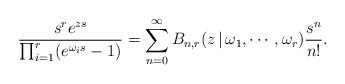
LaTeX: \begin{align*}\frac{s^r e^{zs}}{\prod_{i=1}^{r}(e^{\omega_i s} -1)} = \sum_{n=0}^{\infty} B_{n,r}(z\,|\,\omega_1,\cdots,\omega_r) \frac{s^n}{n!}.\end{align*}